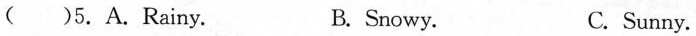
()5.A.Rainy. B. Snowy. C. Sunny.